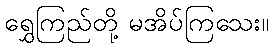
ရွှေကြည်တို့ မအိပ်ကြသေး။